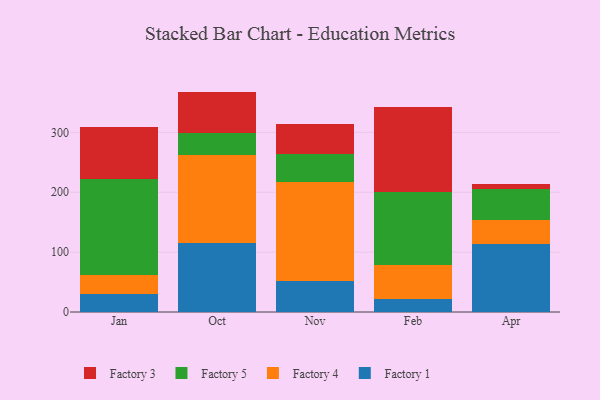
{"axis": {"x": "Month", "y": "Waste Production (Tons)"}, "legend": ["Factory 1", "Factory 3", "Factory 4", "Factory 5"], "data": [{"x": "Jan", "y": 30.5, "type": "Factory 1"}, {"x": "Jan", "y": 30.8, "type": "Factory 4"}, {"x": "Jan", "y": 161.3, "type": "Factory 5"}, {"x": "Jan", "y": 86.9, "type": "Factory 3"}, {"x": "Oct", "y": 115.5, "type": "Factory 1"}, {"x": "Oct", "y": 146.6, "type": "Factory 4"}, {"x": "Oct", "y": 36.3, "type": "Factory 5"}, {"x": "Oct", "y": 69.8, "type": "Factory 3"}, {"x": "Nov", "y": 51.0, "type": "Factory 1"}, {"x": "Nov", "y": 165.8, "type": "Factory 4"}, {"x": "Nov", "y": 47.2, "type": "Factory 5"}, {"x": "Nov", "y": 50.7, "type": "Factory 3"}, {"x": "Feb", "y": 22.2, "type": "Factory 1"}, {"x": "Feb", "y": 56.2, "type": "Factory 4"}, {"x": "Feb", "y": 121.4, "type": "Factory 5"}, {"x": "Feb", "y": 141.9, "type": "Factory 3"}, {"x": "Apr", "y": 114.2, "type": "Factory 1"}, {"x": "Apr", "y": 39.5, "type": "Factory 4"}, {"x": "Apr", "y": 52.0, "type": "Factory 5"}, {"x": "Apr", "y": 8.0, "type": "Factory 3"}]}